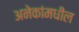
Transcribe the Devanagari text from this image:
अनेकांमधील